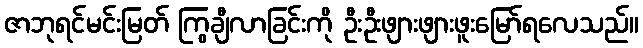
ဇာဘုရင်မင်းမြတ် ကြွချီလာခြင်းကို ဦးဦးဖျားဖျားဖူးမြော်ရလေသည်။